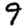
Digit: 9